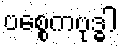
ပစ္စေကဗုဒ္ဓါ